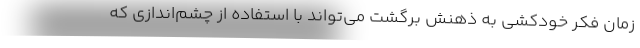
زمان فکر خودکشی به ذهنش برگشت می‌تواند با استفاده از چشم‌اندازی که